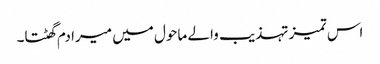
اس تمیز تہذیب والے ماحول میں میرا دم گھٹتا۔